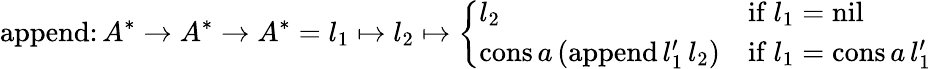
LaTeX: {\mathrm{append}}\colon A^{*}\to A^{*}\to A^{*}=l_{1}\mapsto l_{2}\mapsto{\left\{ \begin{array}{ll}{l_{2}}&{{\mathrm{if}}\ l_{1}={\mathrm{nil}}}\\ {{\mathrm{cons}}\, a\, ({\mathrm{append}}\, l_{1}^{\prime}\, l_{2})}&{{\mathrm{if}}\ l_{1}={\mathrm{cons}}\, a\, l_{1}^{\prime}}\end{array}\right.}